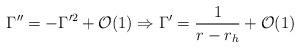
LaTeX: \begin{align*}\Gamma''= -\Gamma'^2 + {\cal{O}}(1) \Rightarrow \Gamma'=\frac{1}{r-r_h} + {\cal{O}}(1)\end{align*}